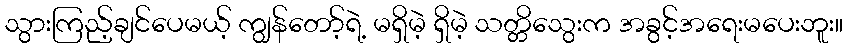
သွားကြည့်ချင်ပေမယ့် ကျွန်တော့်ရဲ့ မရှိမဲ့ ရှိမဲ့ သတ္တိသွေးက အခွင့်အရေးမပေးဘူး။